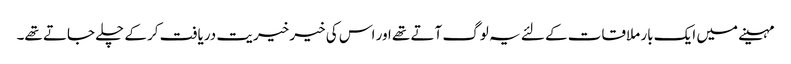
مہینے میں ایک بار ملاقات کے لئے یہ لوگ آتے تھے اور اس کی خیر خیریت دریافت کرکے چلے جاتے تھے۔